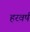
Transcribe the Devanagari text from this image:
हरवर्ष